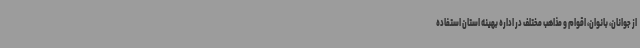
از جوانان، بانوان، اقوام و مذاهب مختلف در اداره بهینه استان استفاده